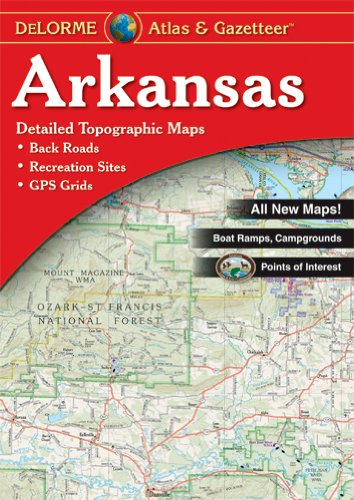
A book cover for Arkansas Atlas & Gazetteer (Delorme Atlas & Gazetteer Series); DeLorme; Reference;